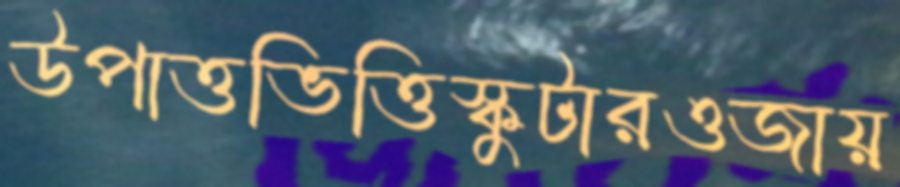
উপাত্তভিত্তিস্কুটারওজায়